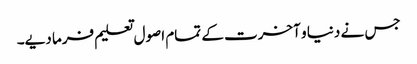
جس نے دنیا و آخرت کے تمام اصول تعلیم فرما دیے۔